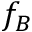
f _ { B }